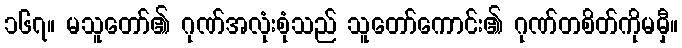
၁၆၇။ မသူတော်၏ ဂုဏ်အလုံးစုံသည် သူတော်ကောင်း၏ ဂုဏ်တစိတ်ကိုမမှီ။